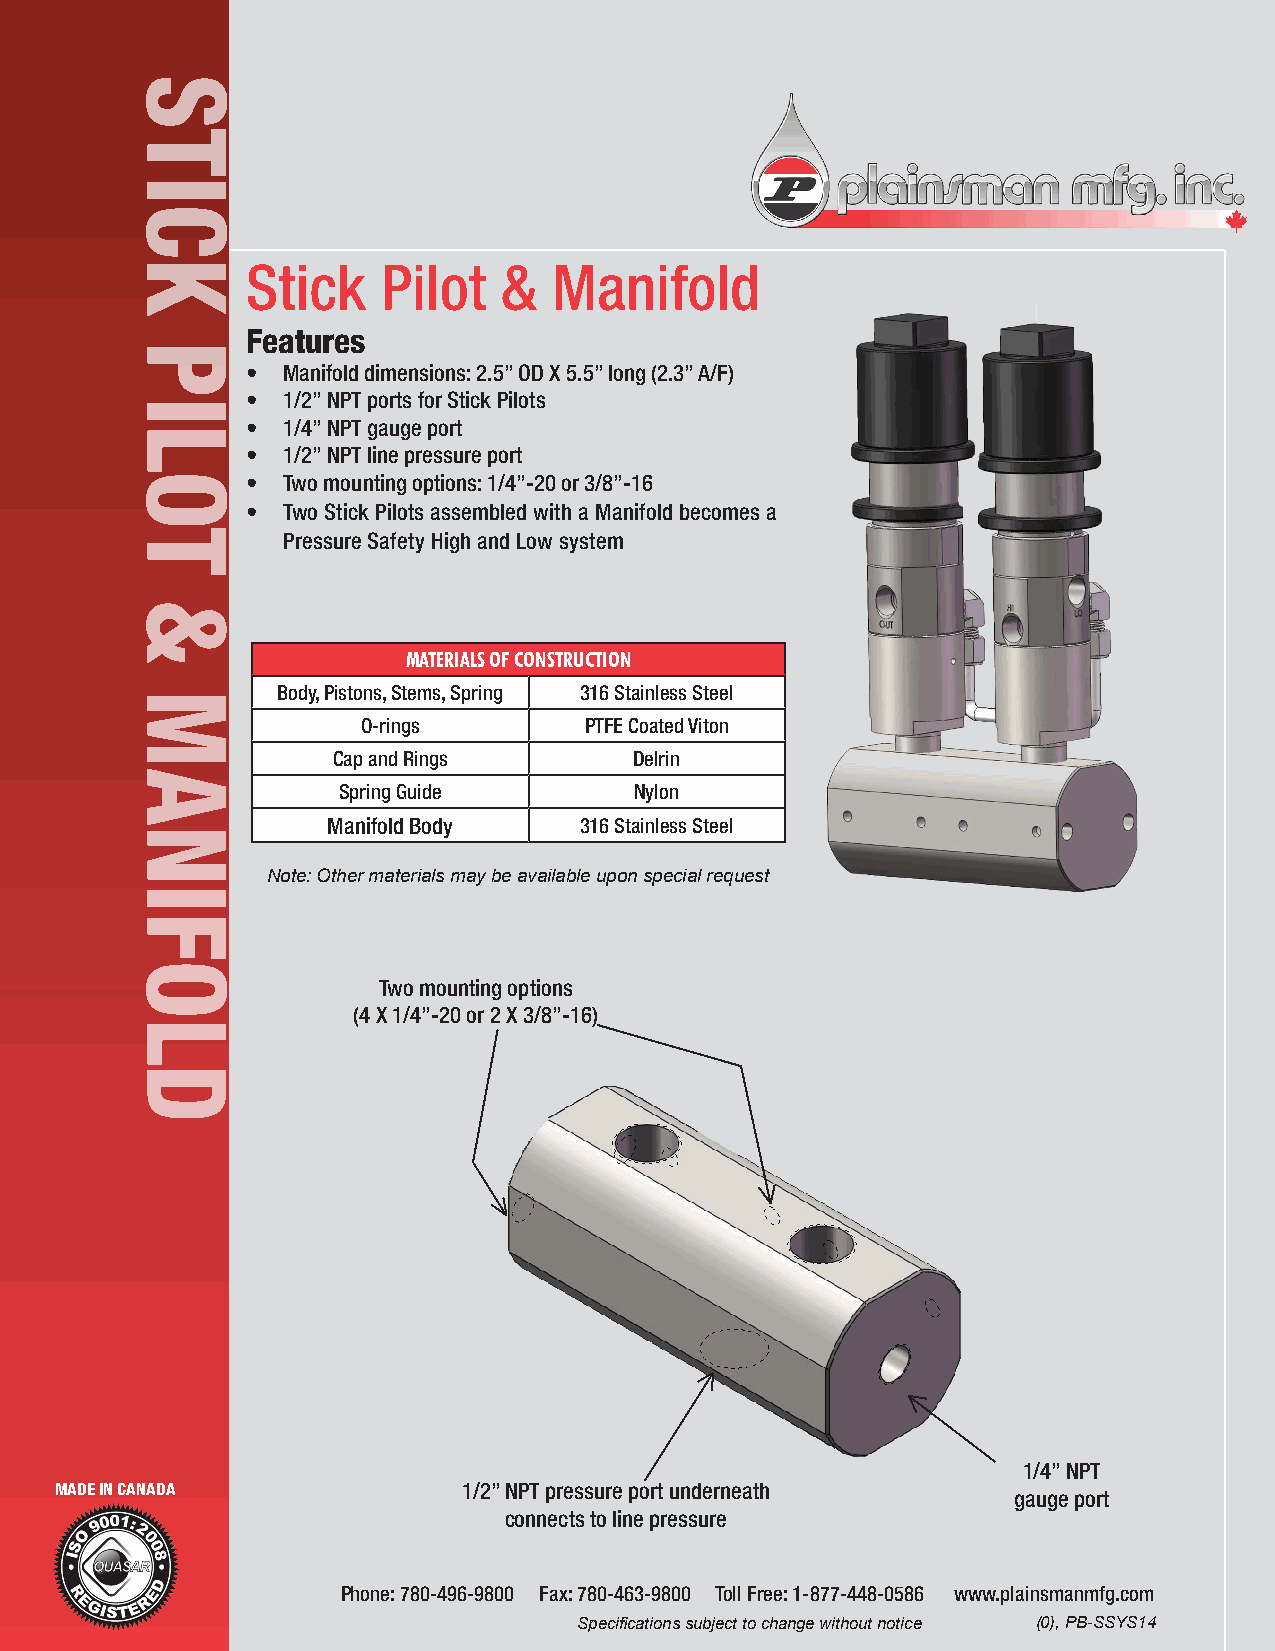
Stick    Pilot   &   Manifold
 Features
 •  Manifold dimensions: 2.5” OD X 5.5” long (2.3” A/F)
 •  1/2” NPT ports for Stick Pilots
 •  1/4” NPT gauge port
 •  1/2” NPT line pressure port
 •  Two mounting options: 1/4”-20 or 3/8”-16
 •  Two Stick Pilots assembled with a Manifold becomes a
 Pressure Safety High and Low system
 Materials of ConstruCtion
 Body, Pistons, Stems, Spring 316 Stainless Steel
 O-rings        PTFE Coated Viton
 Cap and Rings       Delrin
 Spring Guide        Nylon
 Manifold Body   316 Stainless Steel
 Note: Other materials may be available upon special request
 Two mounting options
 (4 X 1/4”-20 or 2 X 3/8”-16)
 1/4” NPT
 MADE IN CANADA             1/2” NPT pressure port underneath
 gauge port
 connects to line pressure
 Phone: 780-496-9800 Fax: 780-463-9800 Toll Free: 1-877-448-0586 www.plainsmanmfg.com
 Specifications subject to change without notice (0), PB-SSYS14
 Stick
 Pilot
 &
 Manifold